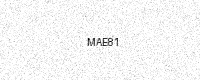
Text: MAE81